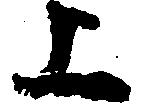
上